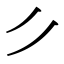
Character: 𰀪